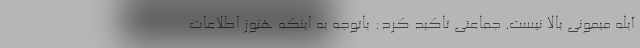
آبله میمونی بالا نیست. جماعتی تاکید کرد: باتوجه به اینکه هنوز اطلاعات